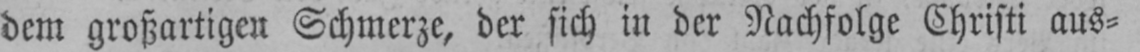
dem großartigen Schmerze, der sich in der Nachfolge Christi aus⸗